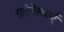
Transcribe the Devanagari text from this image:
गुल्लिकाएँ